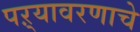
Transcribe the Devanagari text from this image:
पऱ्यावरणाचे